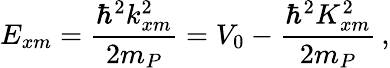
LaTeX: E_{xm}=\frac{\hbar^{2}k_{xm}^{2}}{2m_{P}}=V_{0}-\frac{\hbar^{2}K_{xm}^{2}}{2m_{P}}\, ,